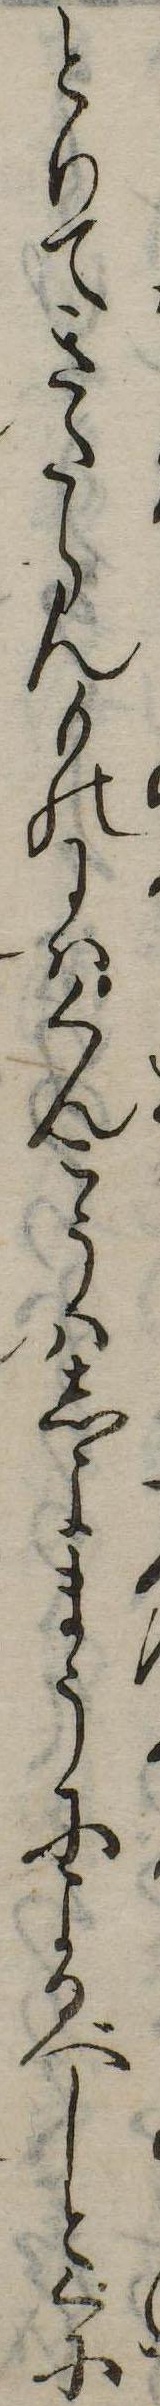
とりてきたらんものにはくんこうはしよまうによるべしとくに